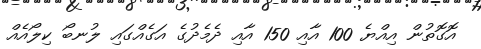
އެޮގޮތުން އިއްޔެ 100 އާއި 150 އާއި ދެމެދުގެ އަގެއްގައި ލުނބޯ ކިލޯއެއް